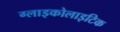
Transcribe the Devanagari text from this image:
ग्लाइकोलाइटिक